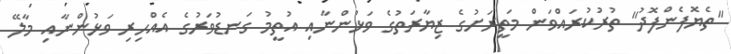
"ތެޔޮފެންފޮދު" ތުރުކުރައްވަން މަތީރަށުގެ ޒިޔާރަތުގެ ވަޅުންނާއި އުތީމު ގަނޑުވަރުގެ އެއްހިރި ވަޅުންނާއި މާލޭ